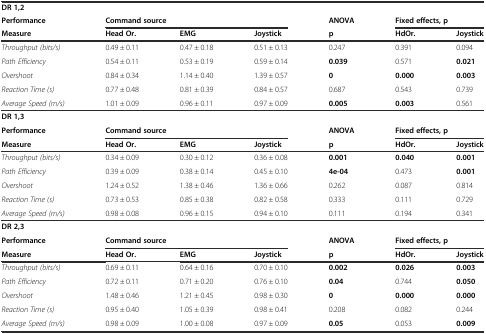
<table><thead><tr><td><b>DR 1,2</b></td><td></td><td></td><td></td><td></td><td></td><td></td></tr><tr><td><b>Performance</b></td><td colspan="3"><b>Command source</b></td><td><b>ANOVA</b></td><td colspan="2"><b>Fixed effects, p</b></td></tr><tr><td><b>Measure</b></td><td><b>Head Or.</b></td><td><b>EMG</b></td><td><b>Joystick</b></td><td><b>p</b></td><td><b>HdOr.</b></td><td><b>Joystick</b></td></tr></thead><tbody><tr><td><i>Throughput (bits/s)</i></td><td>0.49 ± 0.11</td><td>0.47 ± 0.18</td><td>0.51 ± 0.13</td><td>0.247</td><td>0.391</td><td>0.094</td></tr><tr><td><i>Path Efficiency</i></td><td>0.54 ± 0.11</td><td>0.53 ± 0.19</td><td>0.59 ± 0.14</td><td><b>0.039</b></td><td>0.571</td><td><b>0.021</b></td></tr><tr><td><i>Overshoot</i></td><td>0.84 ± 0.34</td><td>1.14 ± 0.40</td><td>1.39 ± 0.57</td><td><b>0</b></td><td><b>0.000</b></td><td><b>0.003</b></td></tr><tr><td><i>Reaction Time (s)</i></td><td>0.77 ± 0.48</td><td>0.81 ± 0.39</td><td>0.84 ± 0.57</td><td>0.687</td><td>0.543</td><td>0.739</td></tr><tr><td><i>Average Speed (m/s)</i></td><td>1.01 ± 0.09</td><td>0.96 ± 0.11</td><td>0.97 ± 0.09</td><td><b>0.005</b></td><td><b>0.003</b></td><td>0.561</td></tr><tr><td><b>DR 1,3</b></td><td></td><td></td><td></td><td></td><td></td><td></td></tr><tr><td><b>Performance</b></td><td colspan="3"><b>Command source</b></td><td><b>ANOVA</b></td><td colspan="2"><b>Fixed effects, p</b></td></tr><tr><td><b>Measure</b></td><td><b>Head Or.</b></td><td><b>EMG</b></td><td><b>Joystick</b></td><td><b>p</b></td><td><b>HdOr.</b></td><td><b>Joystick</b></td></tr><tr><td><i>Throughput (bits/s)</i></td><td>0.34 ± 0.09</td><td>0.30 ± 0.12</td><td>0.36 ± 0.08</td><td><b>0.001</b></td><td><b>0.040</b></td><td><b>0.001</b></td></tr><tr><td><i>Path Efficiency</i></td><td>0.39 ± 0.09</td><td>0.38 ± 0.14</td><td>0.45 ± 0.10</td><td><b>4e-04</b></td><td>0.473</td><td><b>0.001</b></td></tr><tr><td><i>Overshoot</i></td><td>1.24 ± 0.52</td><td>1.38 ± 0.46</td><td>1.36 ± 0.66</td><td>0.262</td><td>0.087</td><td>0.814</td></tr><tr><td><i>Reaction Time (s)</i></td><td>0.73 ± 0.53</td><td>0.85 ± 0.38</td><td>0.82 ± 0.58</td><td>0.333</td><td>0.111</td><td>0.729</td></tr><tr><td><i>Average Speed (m/s)</i></td><td>0.98 ± 0.08</td><td>0.96 ± 0.15</td><td>0.94 ± 0.10</td><td>0.111</td><td>0.194</td><td>0.341</td></tr><tr><td><b>DR 2,3</b></td><td></td><td></td><td></td><td></td><td></td><td></td></tr><tr><td><b>Performance</b></td><td colspan="3"><b>Command source</b></td><td><b>ANOVA</b></td><td colspan="2"><b>Fixed effects, p</b></td></tr><tr><td><b>Measure</b></td><td><b>Head Or.</b></td><td><b>EMG</b></td><td><b>Joystick</b></td><td><b>p</b></td><td><b>HdOr.</b></td><td><b>Joystick</b></td></tr><tr><td><i>Throughput (bits/s)</i></td><td>0.69 ± 0.11</td><td>0.64 ± 0.16</td><td>0.70 ± 0.10</td><td><b>0.002</b></td><td><b>0.026</b></td><td><b>0.003</b></td></tr><tr><td><i>Path Efficiency</i></td><td>0.72 ± 0.11</td><td>0.71 ± 0.20</td><td>0.76 ± 0.10</td><td><b>0.04</b></td><td>0.744</td><td><b>0.050</b></td></tr><tr><td><i>Overshoot</i></td><td>1.48 ± 0.46</td><td>1.21 ± 0.45</td><td>0.98 ± 0.30</td><td><b>0</b></td><td><b>0.000</b></td><td><b>0.000</b></td></tr><tr><td><i>Reaction Time (s)</i></td><td>0.95 ± 0.40</td><td>1.05 ± 0.39</td><td>0.98 ± 0.41</td><td>0.208</td><td>0.082</td><td>0.244</td></tr><tr><td><i>Average Speed (m/s)</i></td><td>0.98 ± 0.09</td><td>1.00 ± 0.08</td><td>0.97 ± 0.09</td><td><b>0.05</b></td><td>0.053</td><td><b>0.009</b></td></tr></tbody></table>